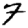
Digit: 7